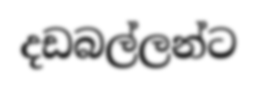
දඩබල්ලන්ට